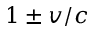
1 \pm v / c